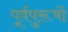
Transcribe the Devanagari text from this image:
पूर्वपुरूषों